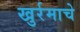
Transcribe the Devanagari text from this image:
खुर्रमाचे